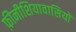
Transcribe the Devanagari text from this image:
फ़ीनीशियावासियों